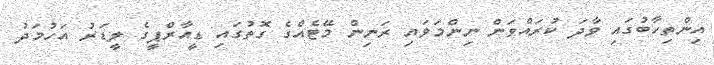
އިންތިހާބުގައި ވާދަ ކުރައްވަން ނިންމަވައި ރަނިން މޭޓެއްގެ ގޮތުގައި ޑީއާރްޕީގެ ލީޑަރު އަހުމަދު